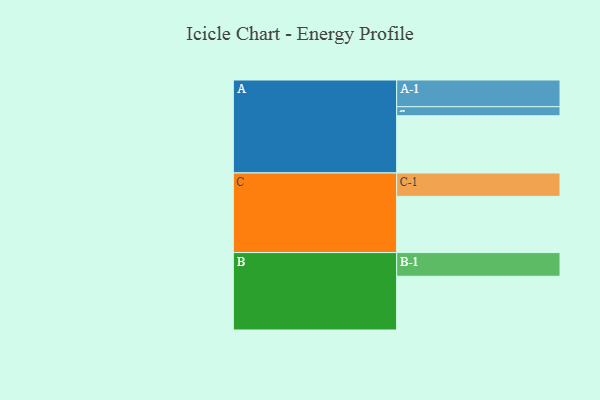
{"axis": {"x": "Segment", "y": "Value"}, "legend": ["", "A", "B", "C"], "data": [{"x": "A", "y": 599, "type": ""}, {"x": "B", "y": 563, "type": ""}, {"x": "C", "y": 589, "type": ""}, {"x": "A-1", "y": 280, "type": "A"}, {"x": "A-2", "y": 95, "type": "A"}, {"x": "B-1", "y": 248, "type": "B"}, {"x": "C-1", "y": 245, "type": "C"}]}